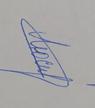
Signature authenticity: genuine